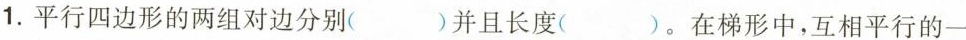
1.平行四边形的两组对边分别( )并且长度( )。在梯形中，互相平行的一